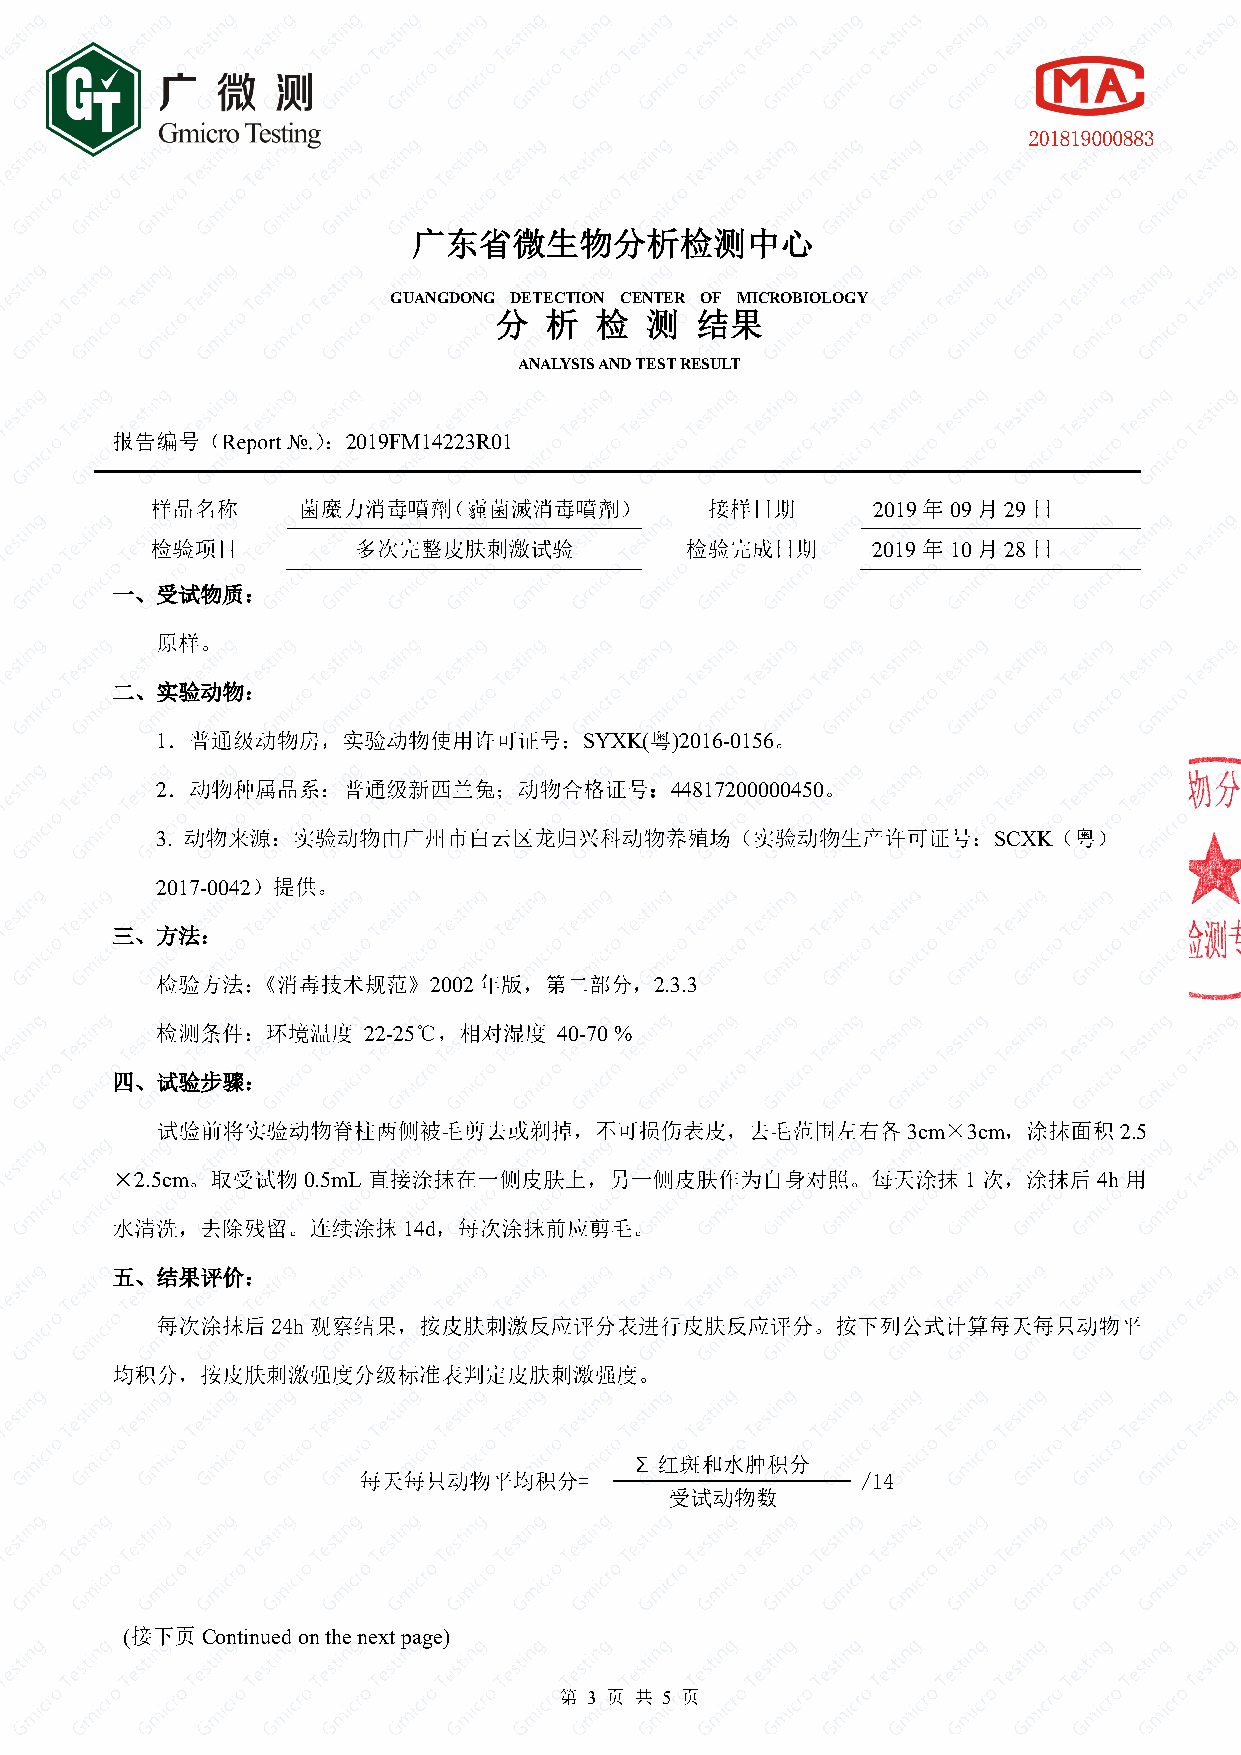
GUANGDONG DETECTION CENTER OF MICROBIOLOGY
 ANALYSIS AND TEST RESULT
 2019FM14223R01
 2019 09 29
 2019 10 28
 1                            SYXK( )2016-0156
 2                                 44817200000450
 3.                                                      SCXK
 2017-0042
 2002           2.3.3
 22-25        40-70 %
 3cm 3cm       2.5
 2.5cm      0.5mL                                       1        4h
 14d
 24h
 =                  /14
 (    Continued on the next page)
 3    5